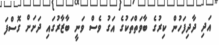
އަދި ދާދިފަހުން ކިރުގެ ބާވަތްތަކުގެ އަގު ވެސް ވަނީ ބާޒާރުގައި ދަށަށް ގޮސްފަ